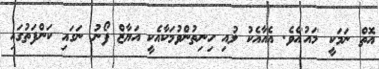
އޮތް ނަމަކީ 'މައު'އެވެ. އެއާއެކު ލުއި ހިނިތުންވުމަކާއެކީ އަޔާޒް ފޯނު ނަގައި ކަންފަތުގައި